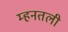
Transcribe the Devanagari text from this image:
म्हनतली